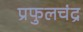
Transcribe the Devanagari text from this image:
प्रफुलचंद्र